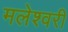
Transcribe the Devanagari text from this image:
मलेश्वरी